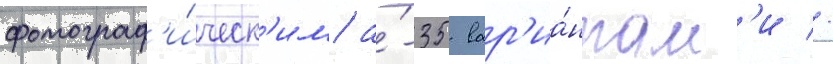
фотограф'и́ческ'им а́-35 вар'иа́нтам'и //